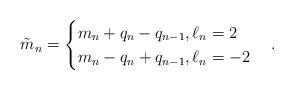
LaTeX: \begin{align*}\tilde{m}_n=\begin{cases}m_n+q_n-q_{n-1}, \ell_n=2\\m_n-q_n+q_{n-1}, \ell_n=-2\end{cases}.\end{align*}